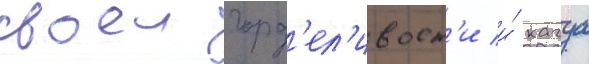
своеи горд'ел'ивост'и и́ кагуа